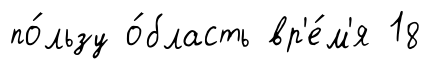
по́льзу о́бласть вр'е́м'я 18